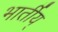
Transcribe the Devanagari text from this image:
भार्तीय्